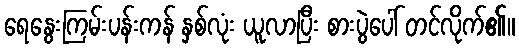
ရေနွေးကြမ်းပန်းကန် နှစ်လုံး ယူလာပြီး စားပွဲပေါ် တင်လိုက်၏။